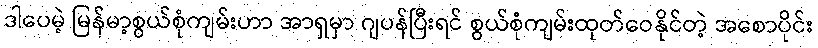
ဒါပေမဲ့ မြန်မာ့စွယ်စုံကျမ်းဟာ အာရှမှာ ဂျပန်ပြီးရင် စွယ်စုံကျမ်းထုတ်ဝေနိုင်တဲ့ အစောပိုင်း